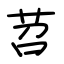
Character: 苕